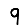
Digit: 9